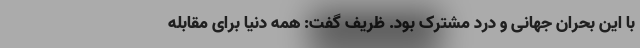
با این بحران جهانی و درد مشترک بود. ظریف گفت: همه دنیا برای مقابله